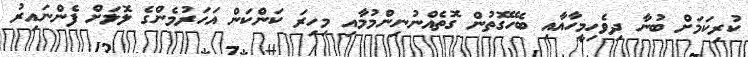
ކުރިކަމަށް ބުނާ ދިވެހިމީހާއާއި ބެހޭގޮތުން ގޮތެއްނުނިންމުމާއި މިހިރަ ކަންކަން އަހަރުމެންގެ ލޮލަށް ފެންނައިރު